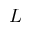
L